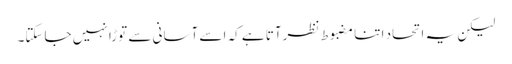
لیکن یہ اتحاد اتنا مضبوط نظرآتا ہے کہ اسے آسانی سے توڑا نہیں جاسکتا۔